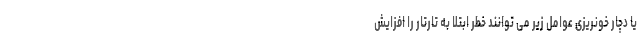
یا دچار خونریزی عوامل زیر می توانند خطر ابتلا به تارتار را افزایش